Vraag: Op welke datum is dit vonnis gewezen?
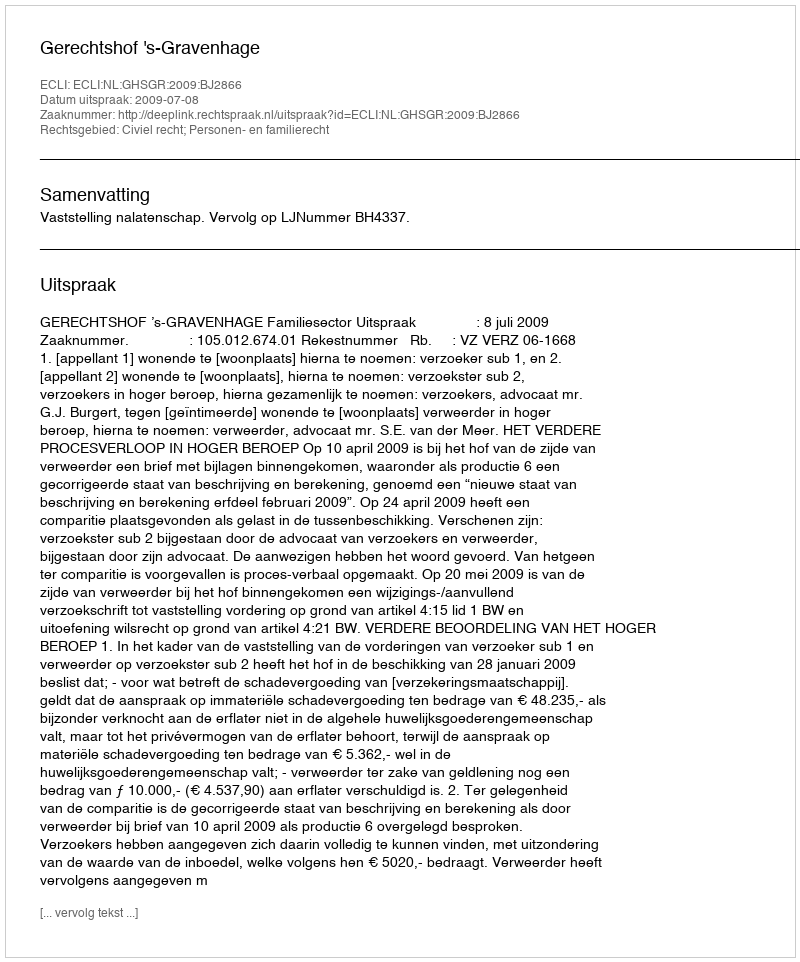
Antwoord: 2009-07-08